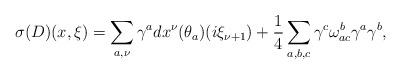
LaTeX: \begin{align*} \sigma(D)(x, \xi)=\sum_{a, \nu} \gamma^a dx^{\nu}(\theta_a) (i \xi_{\nu+1} )+\frac{1}{4} \sum_{a, b, c} \gamma^c \omega^b_{ac} \gamma^a \gamma^b,\end{align*}